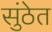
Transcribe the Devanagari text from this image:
सुंठेत